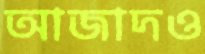
আজাদও